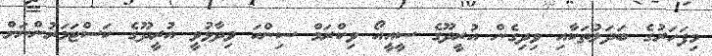
މިފަހަރުގެ ބަދަލުތަކާއި ވިދިގެން އުރީދޫގެ ސީއީއޯ ވިކްރަމް ސިންހަ ވިދާޅުވީ އުރީދޫގެ ކަސްޓަމަރުންނަށް